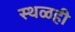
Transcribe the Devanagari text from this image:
स्थळही